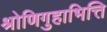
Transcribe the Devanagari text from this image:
श्रोणिगुहाभित्ति